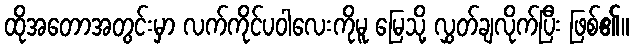
ထိုအတောအတွင်းမှာ လက်ကိုင်ပဝါလေးကိုမူ မြေသို့ လွှတ်ချလိုက်ပြီး ဖြစ်၏။